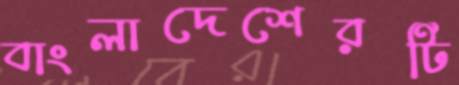
বাংলাদেশেরটি